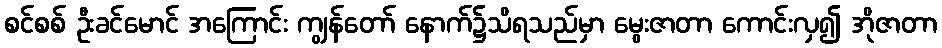
စင်စစ် ဦးခင်မောင် အကြောင်း ကျွန်တော် နောက်၌သိရသည်မှာ မွေးဇာတာ ကောင်းလှ၍ အိုဇာတာ